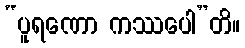
“ပူရဏော ကဿပေါ”တိ။